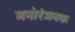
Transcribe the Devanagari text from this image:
मनोरंजनक